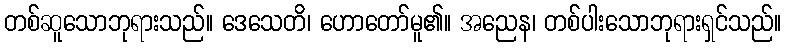
တစ်ဆူသောဘုရားသည်။ ဒေသေတိ၊ ဟောတော်မူ၏။ အညေန၊ တစ်ပါးသောဘုရားရှင်သည်။